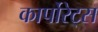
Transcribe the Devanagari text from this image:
कार्पोरेट्स